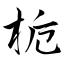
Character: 栀